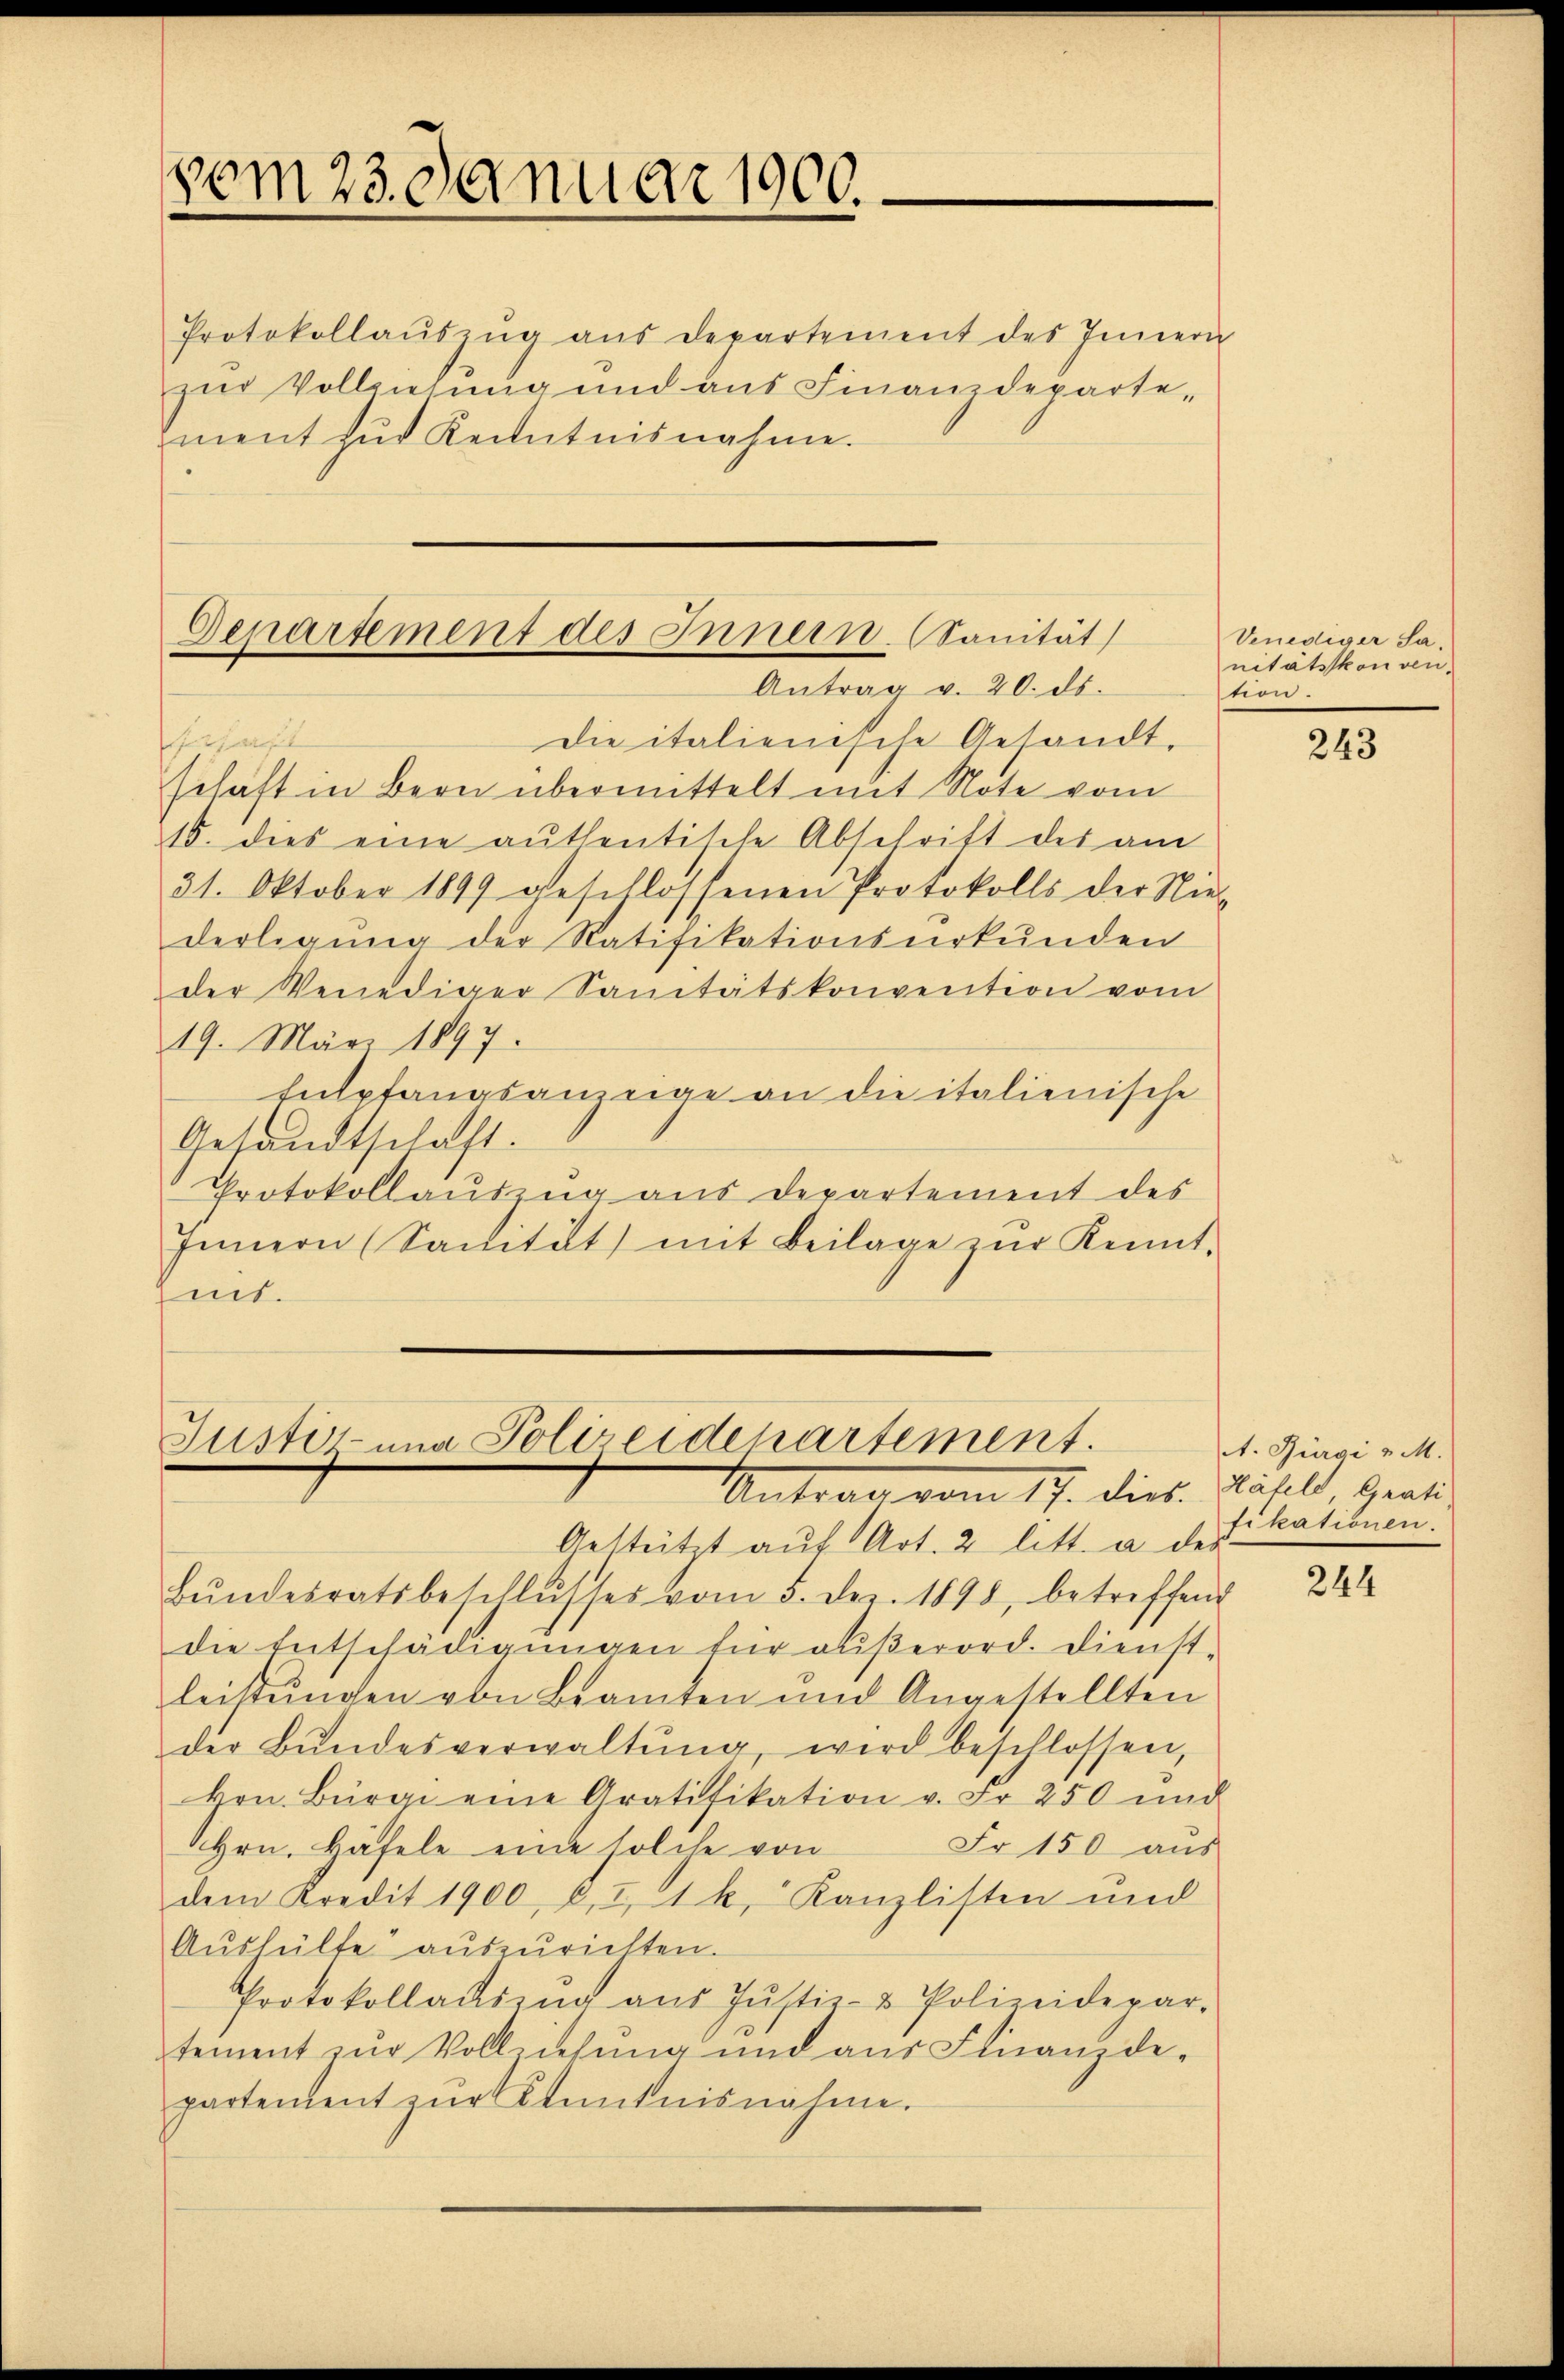
vom 23. Januar 1900.

Protokollaŭszŭg aŭs departement des Innern
zur Vollziehung und aus Finanzdeparte-
ment zur Kenntnisnahme.

Departement des Innern. Sanität
Antrag v. 20. ds.

Justiz- und Polizeidepartement.
Antrag vom 17. dies. Wählt, Grati

die italienische Gesandt.
Gerhaft
schaft in Bern übermittelt mit Note vom
15. dies eine authentische Abschrift des am
31. Oktober 1899 geschlossenen Protokolls der Nie-
derlegung der Ratifikationsurkunden
der Venediger Sanitätskonvention vom
19. März 1897.
Entpfangsange an die italienische
Gesandtschaft.
Protokollaŭszŭg aŭs departement des
Innern (Sanität mit Beilage zŭr Kennt-
Zeit.

Venediger Sanitätskonven
tion.

Gestützt aŭf Art. 2 litt. a des
bŭndesratsbeschlŭsses vom 5. dez. 1898, betreffend
die Entschädigungen für außerord. Dienst-
leistungen von Beamten und Angestellten
der Bŭndesverwaltŭng, wird beschlossen,
krn. Bürgi eine Gratifikation v. Fr. 250 und
Fr 150 aus
Hrn. Häfele eine solche von
dem Kredit 1900 u. 2, 1 k. Kanzlisten und
Aŭshülfe auszurichten.
Protokollauszug aus Justiz- & Polizeidepar-
tement zur Vollziehung und aus Finanzde-
partement zŭr Kenntnisnahme.

243

. Bürgi v. M.
fikationen.

244